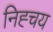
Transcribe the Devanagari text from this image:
निह्चय